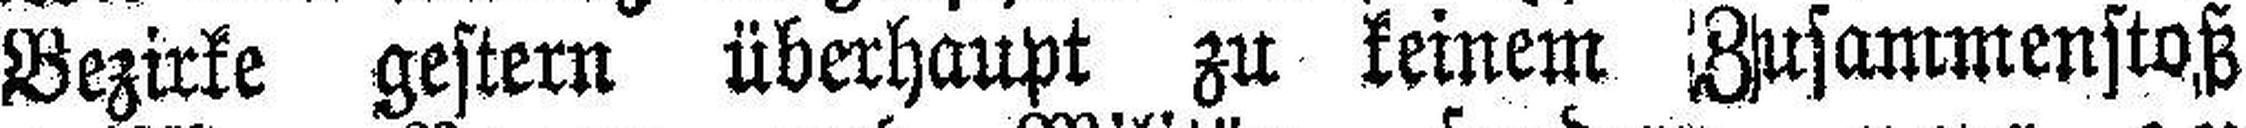
Bezirke gestern überhaupt zu keinem Zusammenstoß